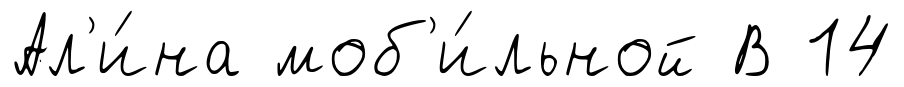
Ал'и́на моб'и́льной В 14